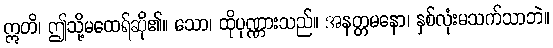
ဣတိ၊ ဤသို့မထေရ်ဆို၏။ သော၊ ထိုပုဏ္ဏားသည်။ အနတ္တမနော၊ နှစ်လုံးမသက်သာဘဲ။